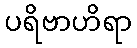
ပရိဗာဟိရာ